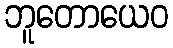
ဘူတောယေဝ